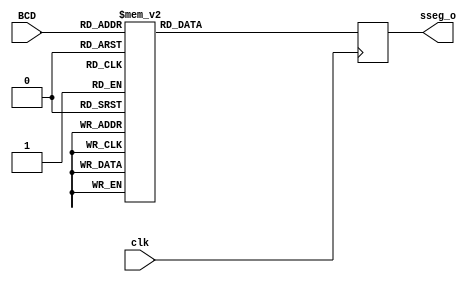
`timescale 1ns / 1ps
//////////////////////////////////////////////////////////////////////////////////
// Company: 
// Engineer: 
// 
// Design Name: 
// Module Name:    ss_decode 
// Project Name: 
// Target Devices: 
// Tool versions: 
// Description: 
//
// Dependencies: 
//
// Revision: 
// Revision 0.01 - File Created
// Additional Comments: 
//
//////////////////////////////////////////////////////////////////////////////////
module ss_decode(
    input 			clk,
    input [3:0]	BCD,
	 output [7:0]	sseg_o
    );

	reg [7:0]	sseg = 8'b11111111;

	always @(posedge clk)
		begin
			case(BCD)
				4'b0000: sseg <= 8'b11000000;//00000011;
				4'b0001: sseg <= 8'b11111001;//10011111;
				4'b0010: sseg <= 8'b10100100;//00100101;
				4'b0011: sseg <= 8'b10110000;//00001101;
				4'b0100: sseg <= 8'b10011001;//10011001;
				4'b0101: sseg <= 8'b10010010;//01001001;
				4'b0110: sseg <= 8'b10000010;//01000001;
				4'b0111: sseg <= 8'b11111000;//00011111;
				4'b1000: sseg <= 8'b10000000;//00000001;
				4'b1001: sseg <= 8'b10010000;//00001001;
				default sseg <= 8'b11111111;
				endcase
		end

assign sseg_o = sseg;
endmodule